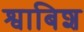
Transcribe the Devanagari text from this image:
श्वाबिश